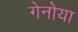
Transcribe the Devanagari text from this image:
गेनोया